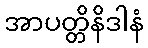
အာပတ္တိနိဒါနံ